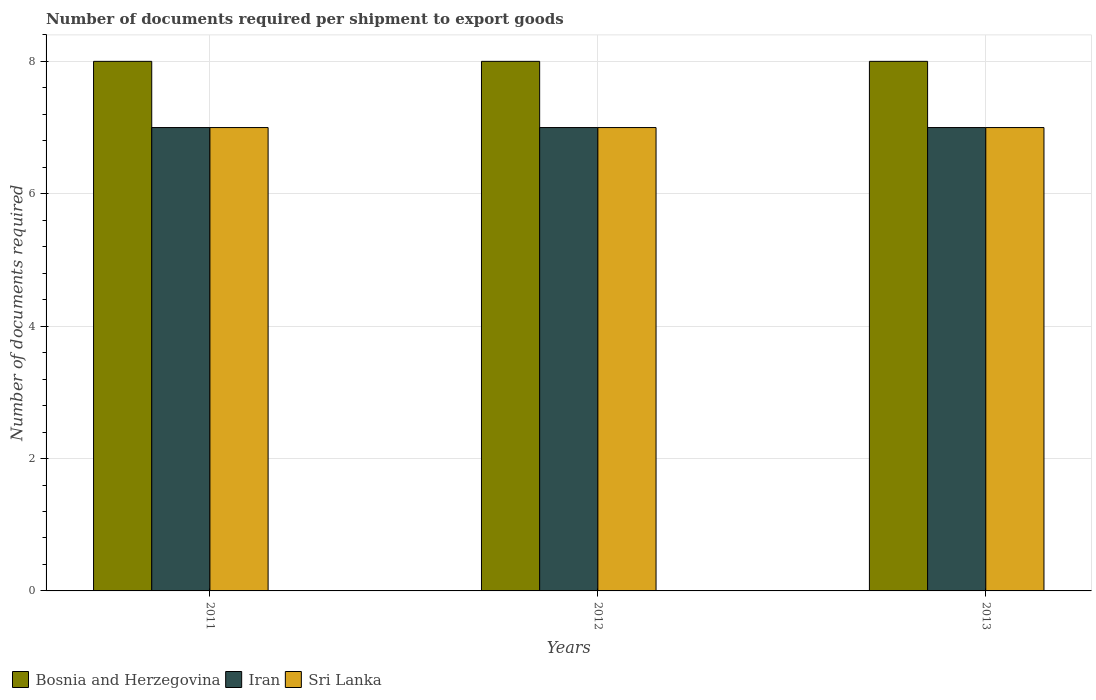
| Years | Bosnia and Herzegovina | Iran | Sri Lanka |
 | --- | --- | --- | --- |
 | 2011 | 8 | 7 | 7 |
 | 2012 | 8 | 7 | 7 |
 | 2013 | 8 | 7 | 7 |